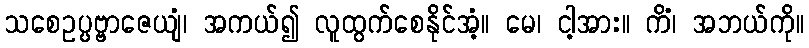
သစေဥပ္ပဗ္ဗာဇေယျံ၊ အကယ်၍ လူထွက်စေနိုင်အံ့။ မေ၊ ငါ့အား။ ကိံ၊ အဘယ်ကို။